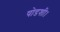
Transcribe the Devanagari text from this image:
षोडशी।